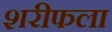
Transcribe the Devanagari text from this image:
शरीफला